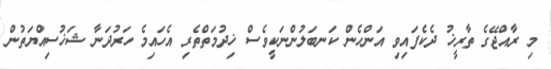
މި ރާއްޖޭގެ ތާރީޚު ދެކެފައިވި އަންހެން ކަނބަލުންނަކީވެސް ޚިދުމަތްތެރި އެހައިމެ ހަރުދަނާ ޝަޚުސިއްޔަތުން